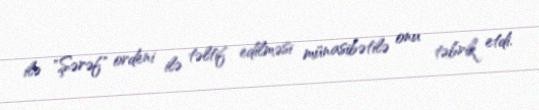
ilə "Şərəf" ordeni ilə təltif edilməsi münasibətilə onu təbrik etdi.